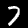
Digit: 7